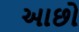
આછો